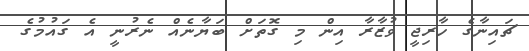
ޗައިނާގެ ހާރިޖީ ވުޒާރާ އިން މި ގޮތަށް ބަޔާނެއް ނެރުނީ އެ ގައުމުގެ